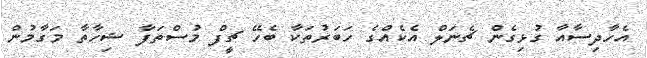
އެހާދިސާއާ ގުޅިގެން ޗެނަލް އެކެއްގެ ހަބަރުތަކާ ބެހޭ ޗީފް މުސްތަފާ ޝިހާތާ މަގާމުން